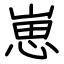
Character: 崽